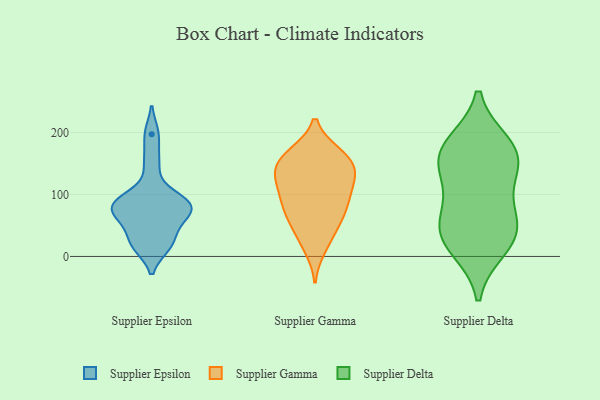
{"axis": {"x": "Backlog", "y": "Value"}, "legend": ["Supplier Delta", "Supplier Epsilon", "Supplier Gamma"], "data": [{"x": "", "y": 75, "type": "Supplier Epsilon"}, {"x": "", "y": 84, "type": "Supplier Epsilon"}, {"x": "", "y": 18, "type": "Supplier Epsilon"}, {"x": "", "y": 197, "type": "Supplier Epsilon"}, {"x": "", "y": 89, "type": "Supplier Epsilon"}, {"x": "", "y": 67, "type": "Supplier Epsilon"}, {"x": "", "y": 58, "type": "Supplier Epsilon"}, {"x": "", "y": 150, "type": "Supplier Epsilon"}, {"x": "", "y": 81, "type": "Supplier Epsilon"}, {"x": "", "y": 31, "type": "Supplier Epsilon"}, {"x": "", "y": 17, "type": "Supplier Epsilon"}, {"x": "", "y": 95, "type": "Supplier Epsilon"}, {"x": "", "y": 106, "type": "Supplier Gamma"}, {"x": "", "y": 160, "type": "Supplier Gamma"}, {"x": "", "y": 88, "type": "Supplier Gamma"}, {"x": "", "y": 164, "type": "Supplier Gamma"}, {"x": "", "y": 134, "type": "Supplier Gamma"}, {"x": "", "y": 160, "type": "Supplier Gamma"}, {"x": "", "y": 14, "type": "Supplier Gamma"}, {"x": "", "y": 49, "type": "Supplier Gamma"}, {"x": "", "y": 139, "type": "Supplier Gamma"}, {"x": "", "y": 77, "type": "Supplier Gamma"}, {"x": "", "y": 139, "type": "Supplier Gamma"}, {"x": "", "y": 165, "type": "Supplier Gamma"}, {"x": "", "y": 99, "type": "Supplier Gamma"}, {"x": "", "y": 130, "type": "Supplier Gamma"}, {"x": "", "y": 117, "type": "Supplier Gamma"}, {"x": "", "y": 66, "type": "Supplier Gamma"}, {"x": "", "y": 30, "type": "Supplier Gamma"}, {"x": "", "y": 69, "type": "Supplier Gamma"}, {"x": "", "y": 51, "type": "Supplier Delta"}, {"x": "", "y": 38, "type": "Supplier Delta"}, {"x": "", "y": 169, "type": "Supplier Delta"}, {"x": "", "y": 33, "type": "Supplier Delta"}, {"x": "", "y": 78, "type": "Supplier Delta"}, {"x": "", "y": 127, "type": "Supplier Delta"}, {"x": "", "y": 180, "type": "Supplier Delta"}, {"x": "", "y": 150, "type": "Supplier Delta"}, {"x": "", "y": 166, "type": "Supplier Delta"}, {"x": "", "y": 15, "type": "Supplier Delta"}]}